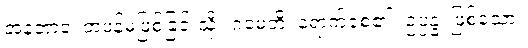
အနဘာဝံ၊ တဖန်မဖြစ်ခြင်းသို့။ ဂမေတိ၊ ရောက်စေ၏။ ဥပ္ပန္နံ၊ ဖြစ်သော။